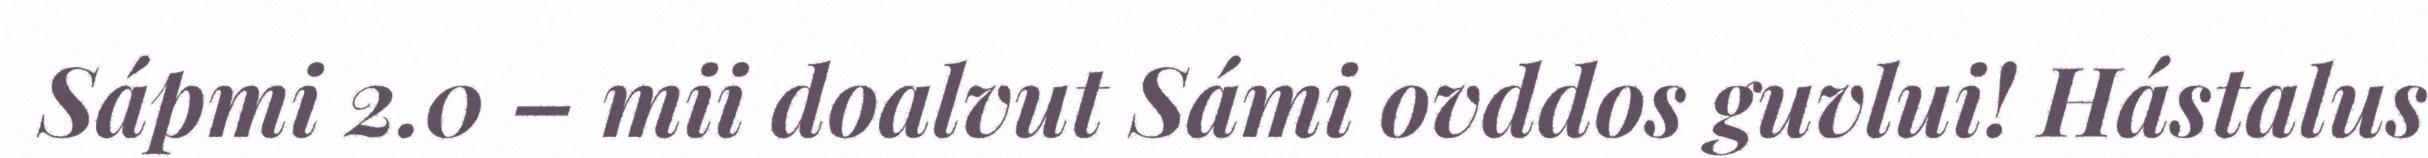
Sápmi 2.0 – mii doalvut Sámi ovddos guvlui! Hástalus